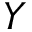
Y